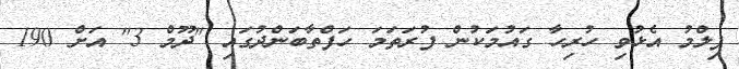
ފިލްމު އެޅުވި ހުރިހާ ގައުމަކުން ފުރަތަމަ ހަފްތާބަންދުގައި "ދޫމް 3" އަށް 190